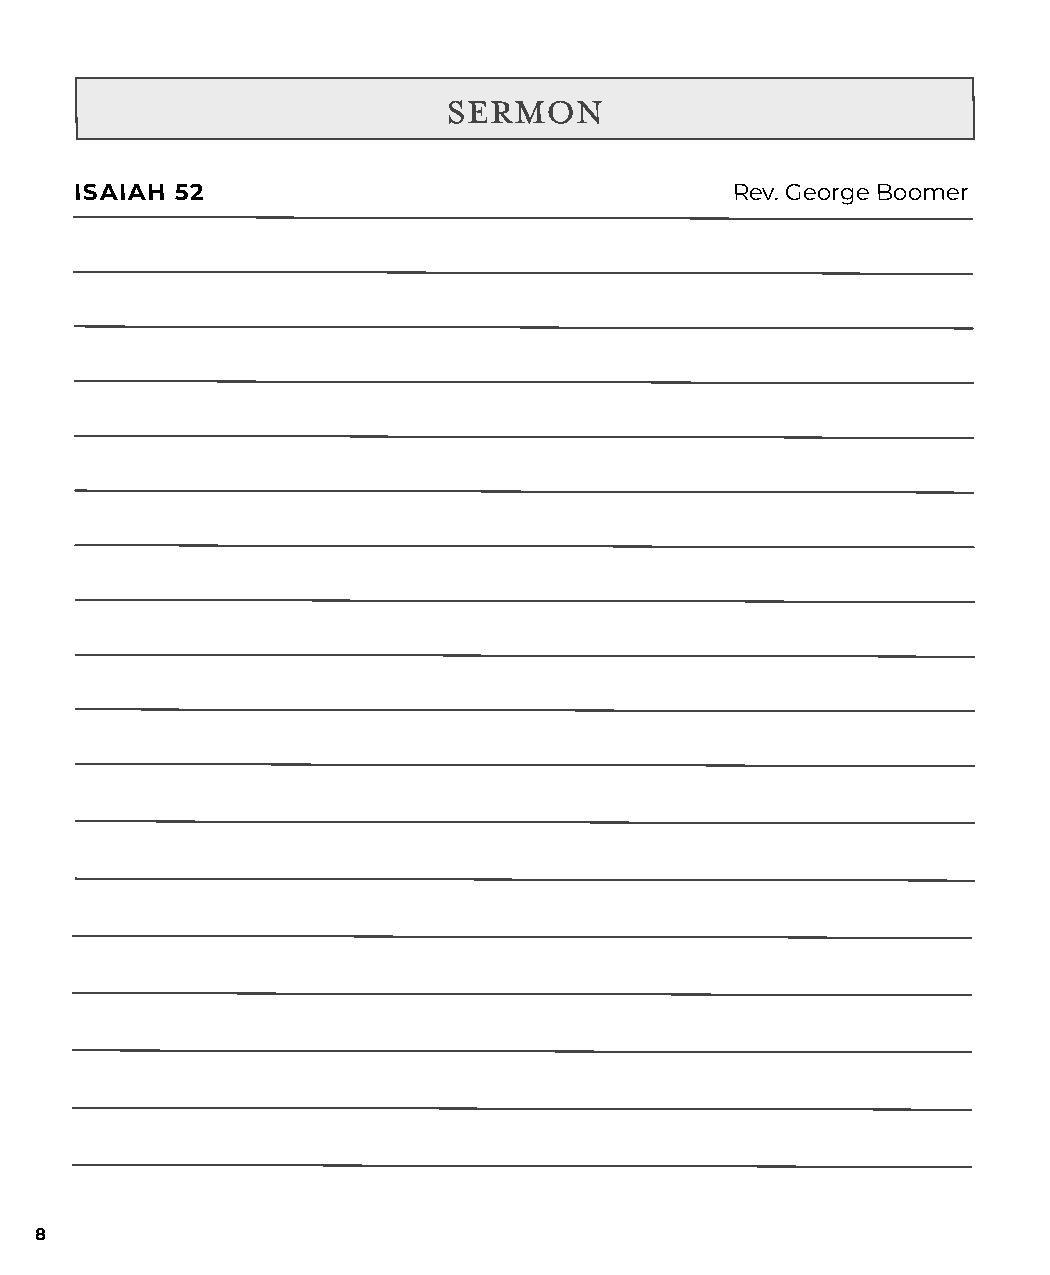
Sermon
 ISAIAH 52                                   Rev. George Boomer
 8